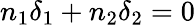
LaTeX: n_{1}\delta_{1}+n_{2}\delta_{2}=0